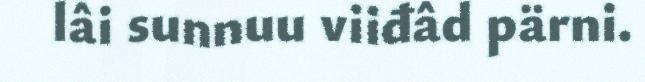
lâi sunnuu viiđâd pärni.